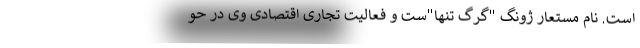
است. نام مستعار ژونگ "گرگ تنها"ست و فعالیت تجاری اقتصادی وی در حو